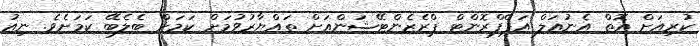
ކުރިއަށް އޮތް އެނުއަލް އަޕްފްރޮންޓް ޕްރެޒެންޓޭޝަންއަށް ތައްޔާރުވުމަށް ކަމަށް ބެލެބޭ ކަމަށެވެ. ނިއު